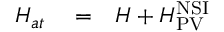
\begin{array} { r l r } { H _ { a t } } & { { } = } & { H + H _ { \mathrm { P V } } ^ { \mathrm { N S I } } } \end{array}